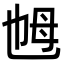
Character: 乸